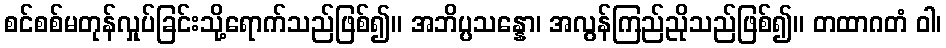
စင်စစ်မတုန်လှုပ်ခြင်းသို့ရောက်သည်ဖြစ်၍။ အဘိပ္ပသန္နော၊ အလွန်ကြည်ညိုသည်ဖြစ်၍။ တထာဂတံ ဝါ၊